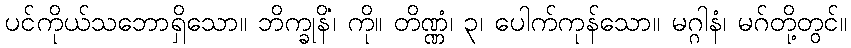
ပင်ကိုယ်သဘောရှိသော။ ဘိက္ခုနိံ၊ ကို။ တိဏ္ဏံ၊ ၃၊ ပေါက်ကုန်သော။ မဂ္ဂါနံ၊ မဂ်တို့တွင်။